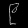
Digit: ၉